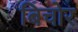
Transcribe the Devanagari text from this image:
बिचोर